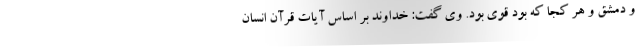
و دمشق و هر کجا که بود قوی بود. وی گفت: خداوند بر اساس آیات قرآن انسان